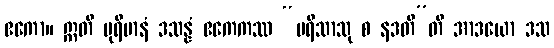
ဧကော။ ဣတိ ပုရိမာနံ ဒသန္နံ ဧကေကဿ “ပရိသာသု စ နဒတီ”တိ အာဒယော ဒသ